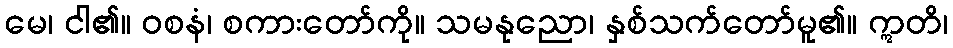
မေ၊ ငါ၏။ ဝစနံ၊ စကားတော်ကို။ သမနုညော၊ နှစ်သက်တော်မူ၏။ ဣတိ၊